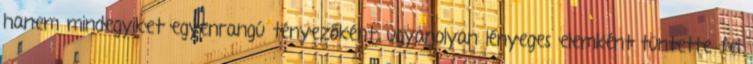
hanem mindegyiket egyenrangú tényezőként, ugyanolyan lényeges elemként tüntette fel